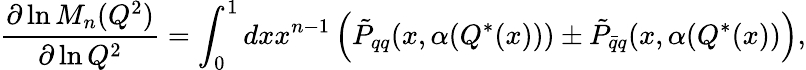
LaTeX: \frac{\partial\ln M_{n}(Q^{2})}{\partial\ln Q^{2}}=\int_{0}^{1}dxx^{n-1}\left(\tilde{P}_{qq}(x,\alpha(Q^{*}(x)))\pm\tilde{P}_{\bar{q}q}(x,\alpha(Q^{*}(x))\right),